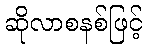
ဆိုလာစနစ်ဖြင့်